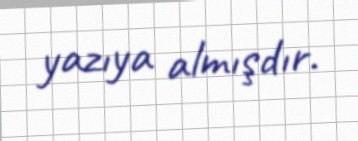
yazıya almışdır.